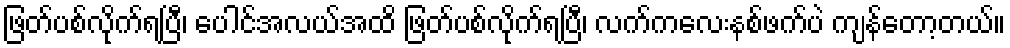
ဖြတ်ပစ်လိုက်ရပြီ၊ ပေါင်အလယ်အထိ ဖြတ်ပစ်လိုက်ရပြီ၊ လက်ကလေးနစ်ဖက်ပဲ ကျန်တော့တယ်။